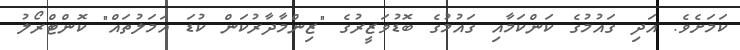
ކަމަށެވެ. އަދި ގައުމުގެ ކަންކަމާއި ގައުމުގެ ބޮޑުވަޒީރުގެ "ޒިންމާދާރުކަން ކުޑަ އަމަލުތައް" ކޮންޓްރޯލު